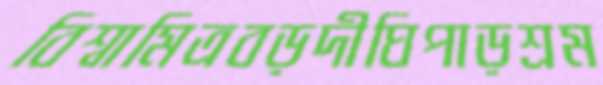
বিশ্বামিত্রবড়দীঘিপাড়শ্রম